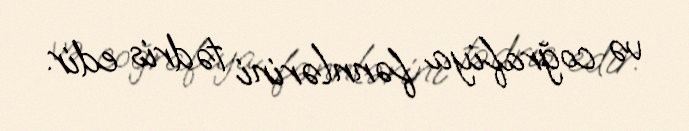
və coğrafiya fənnlərini tədris edir.